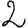
Digit: 2